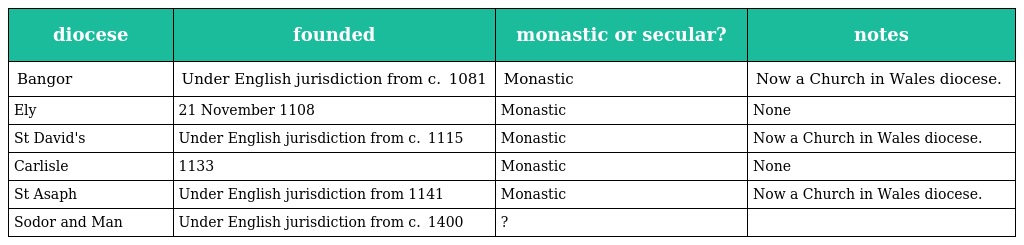
| diocese | founded | monastic or secular? | notes |
 | --- | --- | --- | --- |
 | Bangor | Under English jurisdiction from c.  1081 | Monastic | Now a Church in Wales diocese. |
 | Ely | 21 November 1108 | Monastic | None |
 | St David's | Under English jurisdiction from c.  1115 | Monastic | Now a Church in Wales diocese. |
 | Carlisle | 1133 | Monastic | None |
 | St Asaph | Under English jurisdiction from 1141 | Monastic | Now a Church in Wales diocese. |
 | Sodor and Man | Under English jurisdiction from c.  1400 | ? |  |